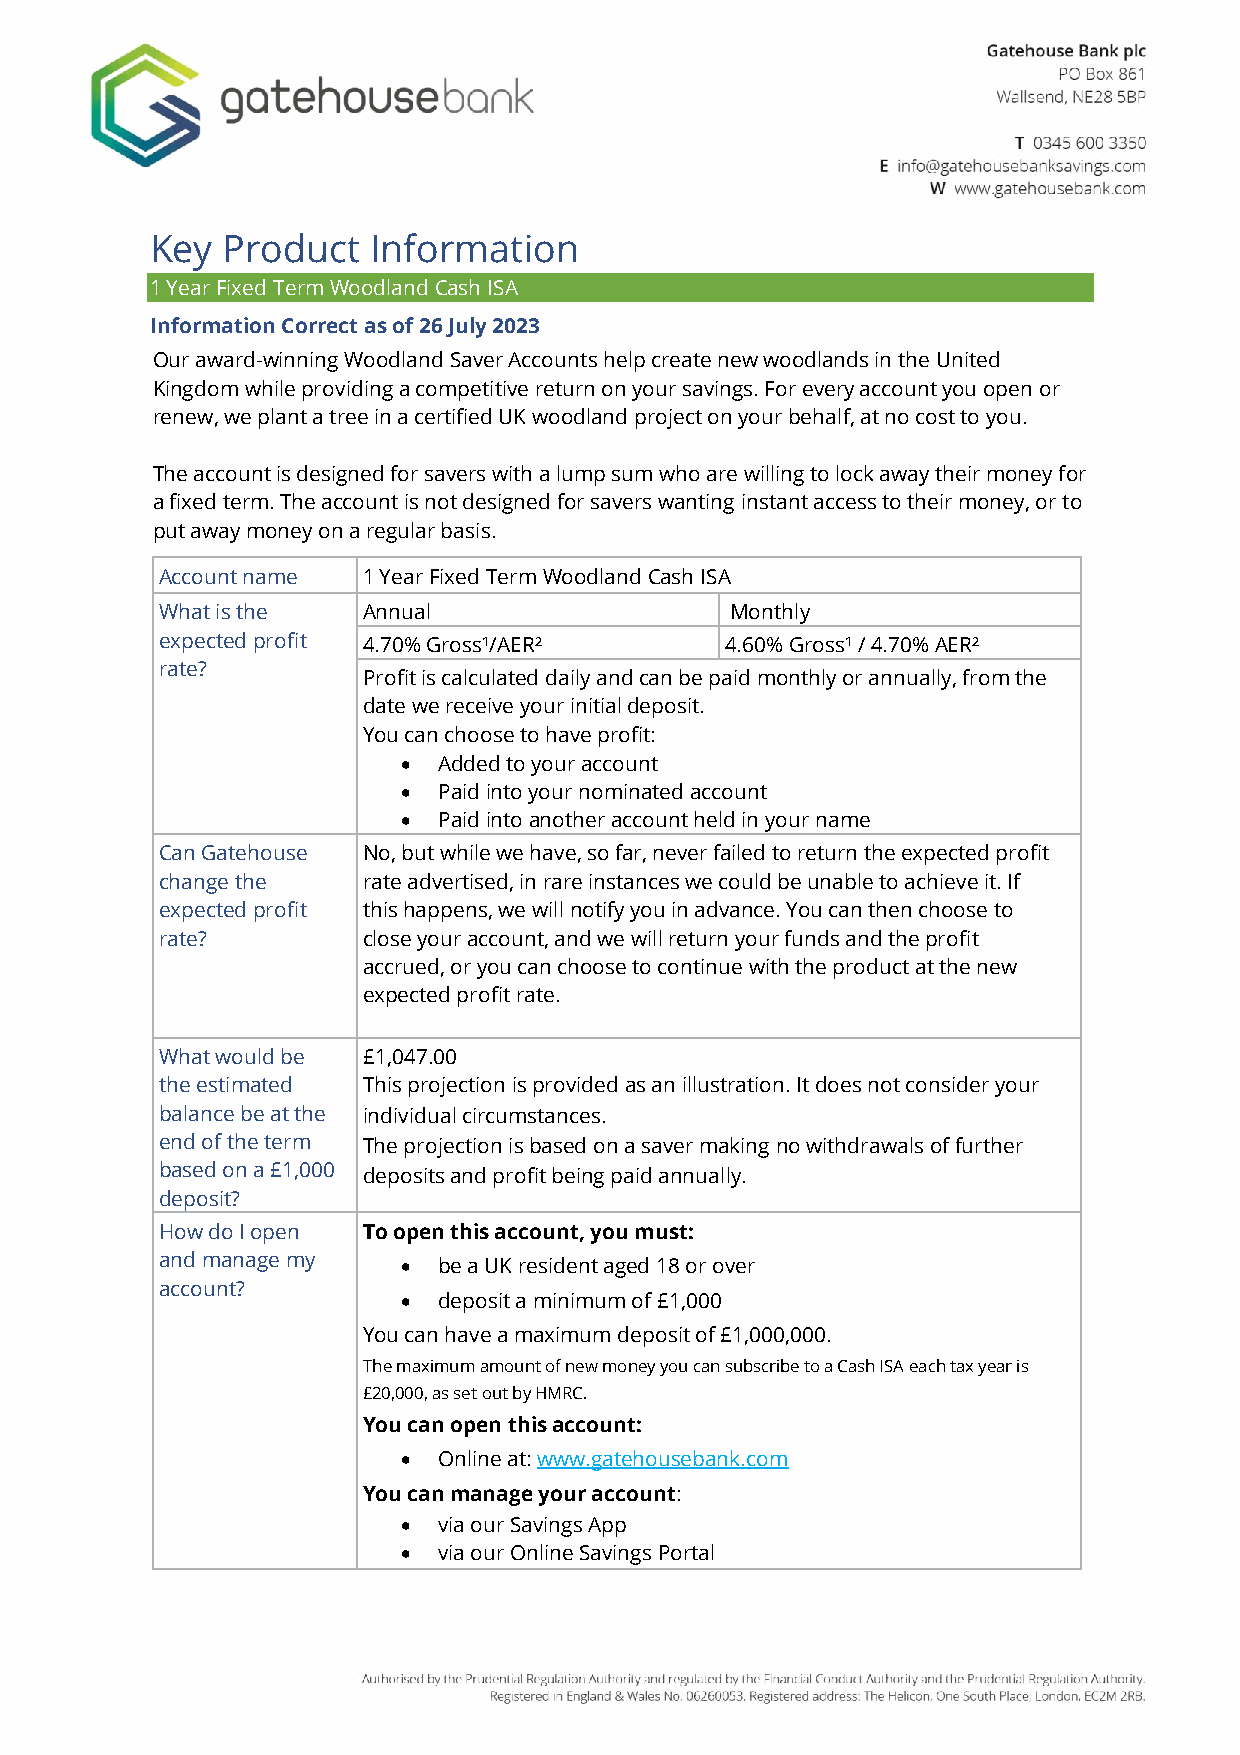
Key  Product   Information
 1 Year Fixed Term Woodland Cash ISA
 Information Correct as of 26 July 2023
 Our award-winning Woodland Saver Accounts help create new woodlands in the United
 Kingdom while providing a competitive return on your savings. For every account you open or
 renew, we plant a tree in a certified UK woodland project on your behalf, at no cost to you.
 The account is designed for savers with a lump sum who are willing to lock away their money for
 a fixed term. The account is not designed for savers wanting instant access to their money, or to
 put away money on a regular basis.
 Account name 1 Year Fixed Term Woodland Cash ISA
 What is the  Annual                  Monthly
 expected profit 4.70% Gross¹/AER²    4.60% Gross¹ / 4.70% AER²
 rate?
 Profit is calculated daily and can be paid monthly or annually, from the
 date we receive your initial deposit.
 You can choose to have profit:
 • Added to your account
 • Paid into your nominated account
 • Paid into another account held in your name
 Can Gatehouse No, but while we have, so far, never failed to return the expected profit
 change the   rate advertised, in rare instances we could be unable to achieve it. If
 expected profit this happens, we will notify you in advance. You can then choose to
 rate?        close your account, and we will return your funds and the profit
 accrued, or you can choose to continue with the product at the new
 expected profit rate.
 What would be £1,047.00
 the estimated This projection is provided as an illustration. It does not consider your
 balance be at the individual circumstances.
 end of the term The projection is based on a saver making no withdrawals of further
 based on a £1,000 deposits and profit being paid annually.
 deposit?
 How do I open To open this account, you must:
 and manage my   • be a UK resident aged 18 or over
 account?
 • deposit a minimum of £1,000
 You can have a maximum deposit of £1,000,000.
 The maximum amount of new money you can subscribe to a Cash ISA each tax year is
 £20,000, as set out by HMRC.
 You can open this account:
 • Online at: www.gatehousebank.com
 You can manage your account:
 • via our Savings App
 • via our Online Savings Portal